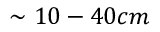
\sim 1 0 - 4 0 c m